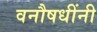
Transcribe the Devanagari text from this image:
वनौषधींनी